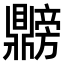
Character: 𫜡